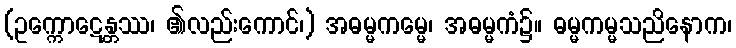
(ဥက္ကောဋေန္တဿ၊ ၏လည်းကောင်၊) အဓမ္မကမ္မေ၊ အဓမ္မကံ၌။ ဓမ္မကမ္မသညိနောက၊